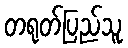
တရုတ်ပြည်သူ